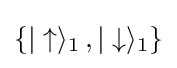
\{|\uparrow \rangle _{1}\,,|\downarrow \rangle _{1}\}